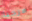
مرحبا